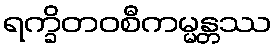
ရက္ခိတဝစီကမ္မန္တဿ